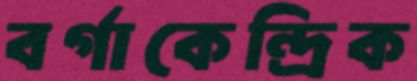
বর্গাকেন্দ্রিক